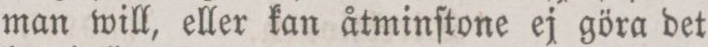
man will, eller kan åtminſtone ej göra det